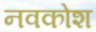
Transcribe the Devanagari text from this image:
नवकोश